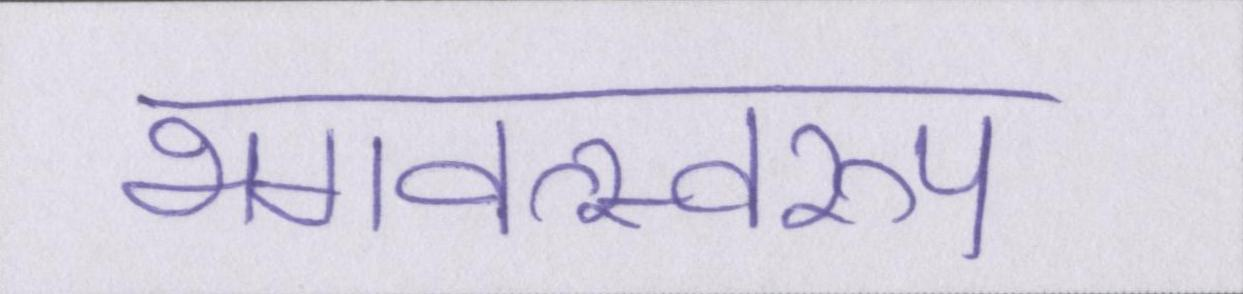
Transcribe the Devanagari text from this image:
भगवत्स्वरूप